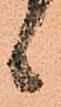
候